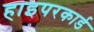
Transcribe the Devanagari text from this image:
हाइपरकार्ड